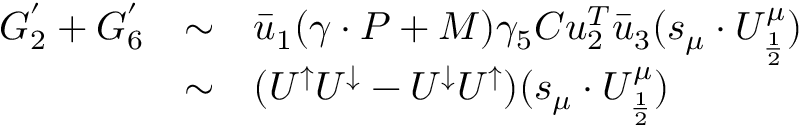
\begin{array} { l l l } { { G _ { 2 } ^ { ' } + G _ { 6 } ^ { ' } } } & { { \sim } } & { { \bar { u } _ { 1 } ( \gamma \cdot P + M ) \gamma _ { 5 } C u _ { 2 } ^ { T } \bar { u } _ { 3 } ( s _ { \mu } \cdot U _ { \frac { 1 } { 2 } } ^ { \mu } ) } } \\ { { } } & { { \sim } } & { { ( U ^ { \uparrow } U ^ { \downarrow } - U ^ { \downarrow } U ^ { \uparrow } ) ( s _ { \mu } \cdot U _ { \frac { 1 } { 2 } } ^ { \mu } ) } } \end{array}